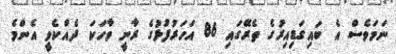
ނަމަވެސް އެ ބައިގަޑިއިރުގެ ތެރޭގައި 86 އަހަރުފުޅުގެ ރާނީ ވާހަކަ ދެއްކެވީ އެންމެ